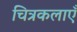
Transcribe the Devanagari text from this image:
चित्रकलाएँ